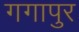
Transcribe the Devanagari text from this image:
गगापुर